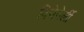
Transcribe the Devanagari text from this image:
वियेनेर्ली